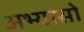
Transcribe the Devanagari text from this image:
अभ्यासो